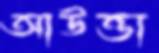
আউত্তা